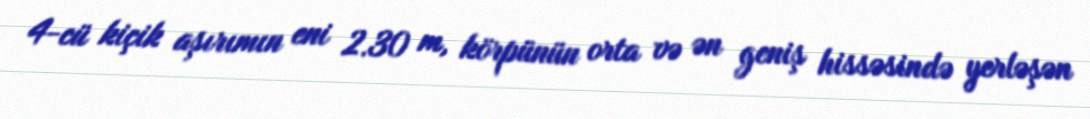
4-cü kiçik aşırımın eni 2.30 m, körpünün orta və ən geniş hissəsində yerləşən